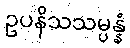
ဥပနိသသမ္ပန္နံ